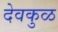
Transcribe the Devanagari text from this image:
देवकुळ